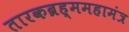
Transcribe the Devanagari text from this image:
तारकब्रह्ममहामंत्र